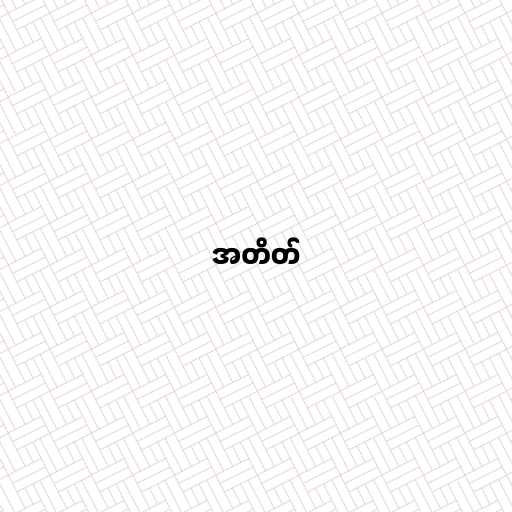
အတိတ်